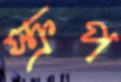
স্ক্রপ